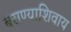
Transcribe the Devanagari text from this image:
बसण्याशिवाय